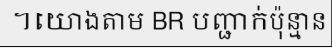
។យោងតាម BR បញ្ជាក់ប៉ុន្មាន